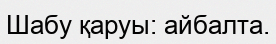
Шабу қаруы: айбалта.